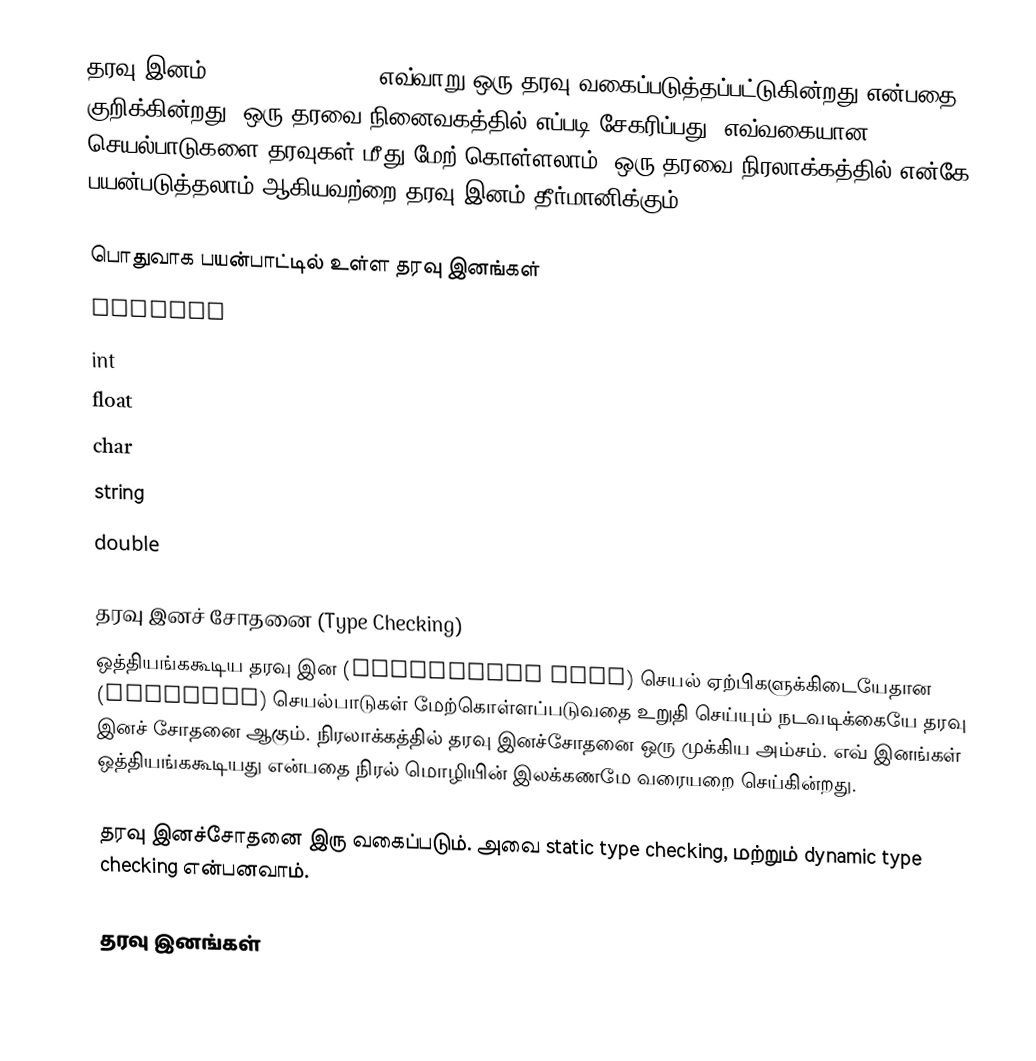
தரவு இனம் (Datatype or Type) எவ்வாறு ஒரு தரவு வகைப்படுத்தப்பட்டுகின்றது என்பதை குறிக்கின்றது.  ஒரு தரவை நினைவகத்தில் எப்படி சேகரிப்பது, எவ்வகையான செயல்பாடுகளை தரவுகள் மீது மேற் கொள்ளலாம், ஒரு தரவை நிரலாக்கத்தில் என்கே பயன்படுத்தலாம் ஆகியவற்றை தரவு இனம் தீர்மானிக்கும்.

பொதுவாக பயன்பாட்டில் உள்ள தரவு இனங்கள்
 boolean
 int
 float
 char
 string
 double

தரவு இனச் சோதனை (Type Checking)
ஒத்தியங்ககூடிய தரவு இன (compatible type) செயல் ஏற்பிகளுக்கிடையேதான (operands) செயல்பாடுகள் மேற்கொள்ளப்படுவதை உறுதி செய்யும் நடவடிக்கையே தரவு இனச் சோதனை ஆகும்.  நிரலாக்கத்தில் தரவு இனச்சோதனை ஒரு முக்கிய அம்சம்.  எவ் இனங்கள் ஒத்தியங்ககூடியது என்பதை நிரல் மொழியின் இலக்கணமே வரையறை செய்கின்றது.

தரவு இனச்சோதனை இரு வகைப்படும்.  அவை static type checking, மற்றும் dynamic type checking என்பனவாம்.

தரவு இனங்கள்